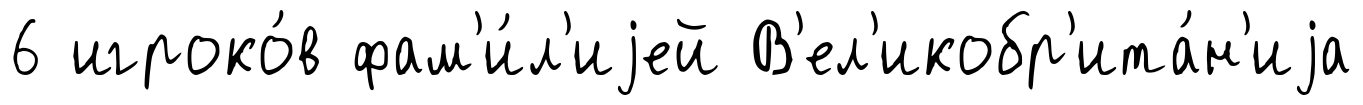
6 игроко́в фам'и́л'иjей В'ел'икобр'ита́н'иjа